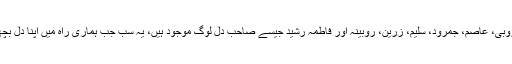
اخوت کی ٹیم، جس میں بلال، صائمہ، عائشہ، روبی، عاصم، جمرود، سلیم، زرین، روبینہ اور فاطمہ رشید جیسے صاحبِ دل لوگ موجود ہیں، یہ سب جب ہماری راہ میں اپنا دل بچھاتے ہیں تو یوں لگتا ہے، جیسے ہم اکیلے نہیں!